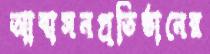
আবাসনপ্রতিষ্ঠানের